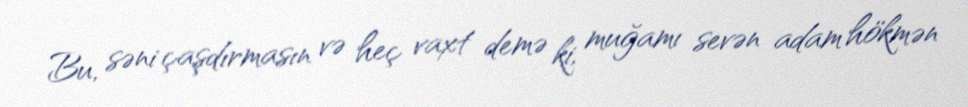
Bu, səni çaşdırmasın və heç vaxt demə ki, muğamı sevən adam hökmən